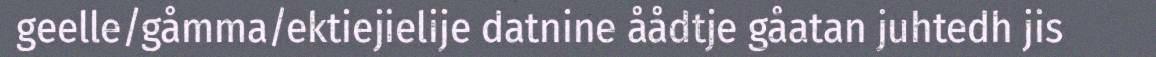
geelle/gåmma/ektiejielije datnine åådtje gåatan juhtedh jis